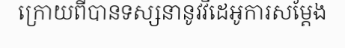
ក្រោយពីបានទស្សនានូវវីដេអូការសម្តែង